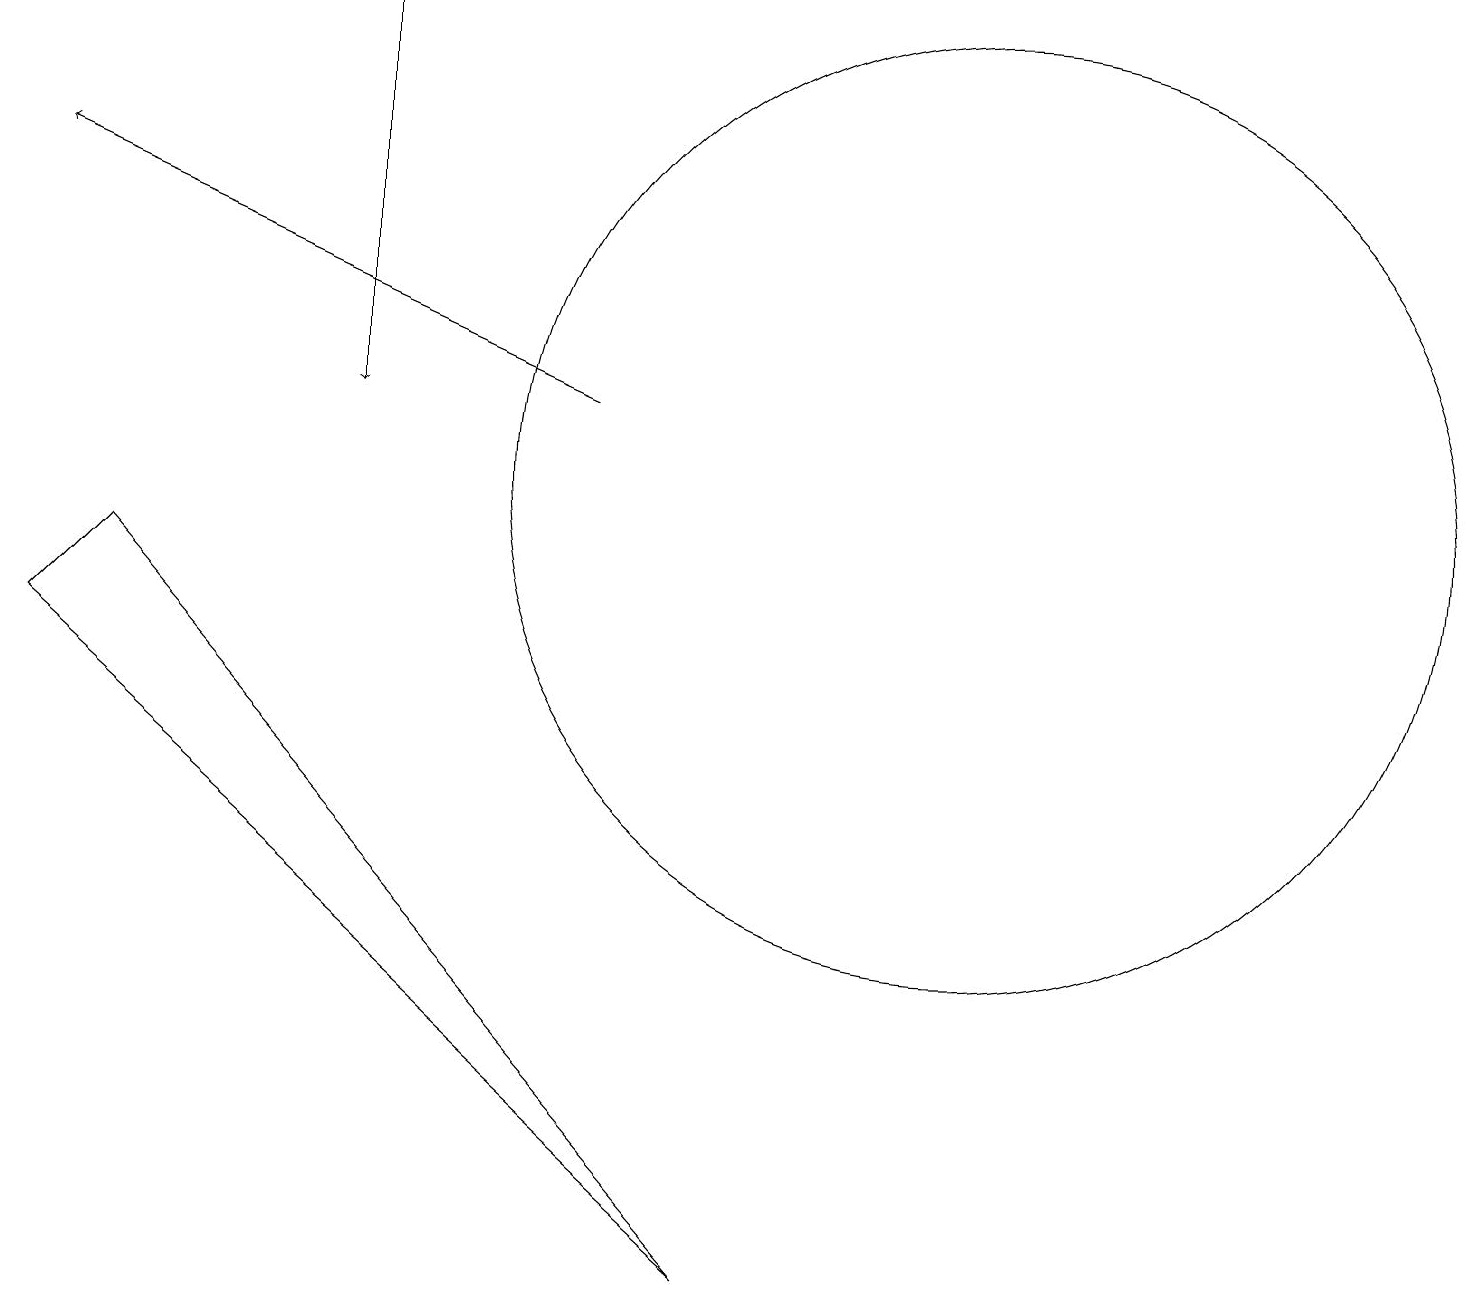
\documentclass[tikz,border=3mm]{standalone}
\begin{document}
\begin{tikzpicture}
\draw (12,10) circle (6);
\draw[->] (7,11) -- (0,14);
\draw (9,0) -- (1,9) -- (0,8) -- cycle;
\draw[->] (4,16) -- (4,11);
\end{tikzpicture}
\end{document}